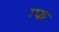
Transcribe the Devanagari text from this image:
ग्फ